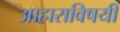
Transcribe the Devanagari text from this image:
आहाराविषयी